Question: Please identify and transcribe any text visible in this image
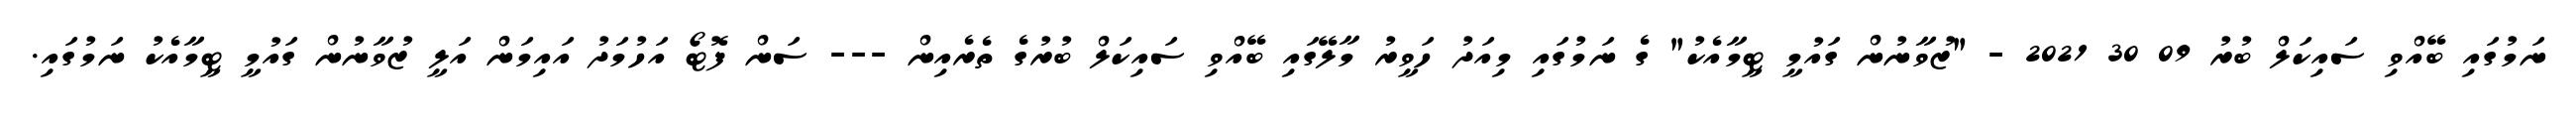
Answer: ނަމުގައި ބޭއްވި ސައިކަލް ބުރު 09 30 2021 - "ޒުވާނުން ގައުމީ ޓީމާއެކު" ގެ ނަމުގައި މިއަދު ހަވީރު މާލޭގައި ބޭއްވި ސައިކަލް ބުރުގެ ތެރެއިން --- ސަން ފޮޓޯ އަހުމަދު އައިމަން އަލީ ޒުވާނުން ގައުމީ ޓީމާއެކު ނަމުގައި.